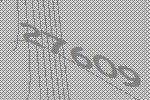
27609